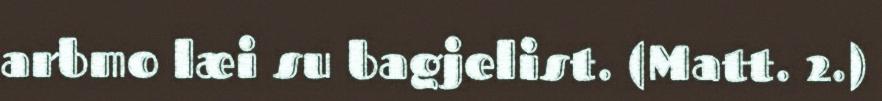
arbmo læi su bagjelist. (Matt. 2.)